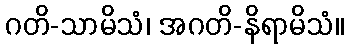
ဂတိ-သာမိသံ၊ အဂတိ-နိရာမိသံ။